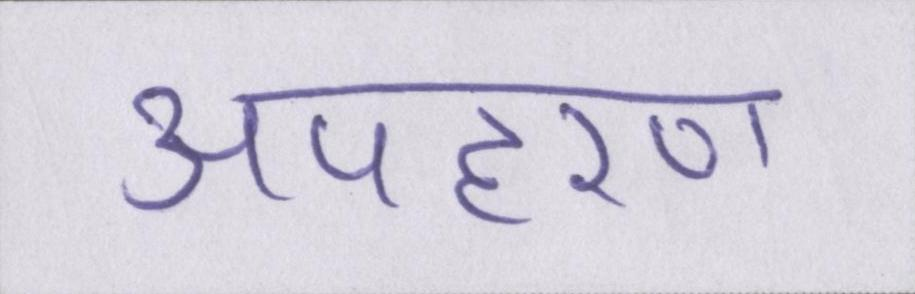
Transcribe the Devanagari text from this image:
अपहरण